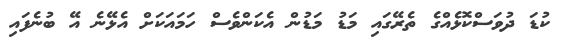
ކުޑަ ދުވަސްކޮޅެއްގެ ތެރޭގައި މަޑު މަޑުން އެކަންވެސް ހަމައަކަށް އެޅޭނެ އޭ ބުނެފައި